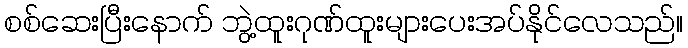
စစ်ဆေးပြီးနောက် ဘွဲ့ထူးဂုဏ်ထူးများပေးအပ်နိုင်လေသည်။